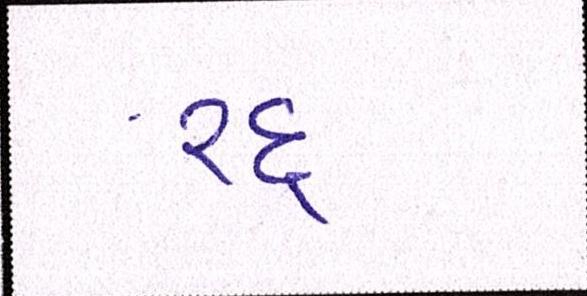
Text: રદ્દ